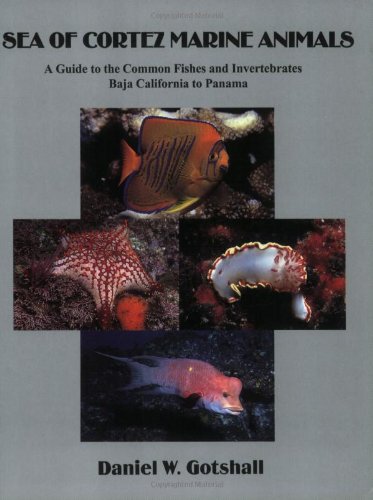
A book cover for Sea of Cortez Marine Animals: A Guide to the Common Fishes and Invertebrates Baja California to Panama; Daniell W. Gotshall; Sports & Outdoors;